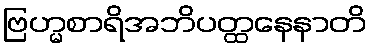
ဗြဟ္မစာရိအဘိပတ္ထနေနာတိ